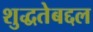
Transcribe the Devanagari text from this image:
शुद्धतेबद्दल